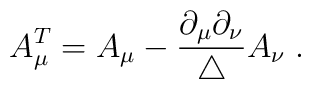
A_\mu^T = A_\mu - \frac{\partial_\mu \partial_\nu}{\triangle} A_\nu \; .